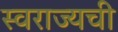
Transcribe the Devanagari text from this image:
स्वराज्यची